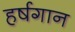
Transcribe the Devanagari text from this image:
हर्षगान